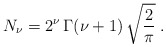
\begin{align*}N_{\nu}= 2^{\nu}\, \Gamma (\nu +1) \, \sqrt{\frac{2}{\pi}}\; .\end{align*}